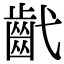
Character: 𢎕